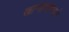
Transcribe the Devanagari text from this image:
खार्‍यापाण्याचे